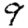
Digit: 9